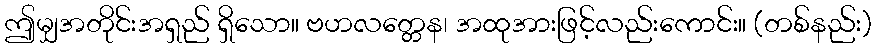
ဤမျှအတိုင်းအရှည် ရှိသော။ ဗဟလတ္တေန၊ အထုအားဖြင့်လည်းကောင်း။ (တစ်နည်း)